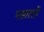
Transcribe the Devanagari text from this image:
पसारती